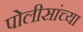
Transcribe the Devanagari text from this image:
पोलीसांच्या